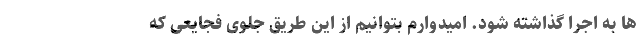
ها به اجرا گذاشته شود. امیدوارم بتوانیم از این طریق جلوی فجایعی که